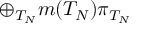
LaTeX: \oplus _ { T _ { N } } m ( T _ { N } ) \pi _ { T _ { N } } \, \, \, \,